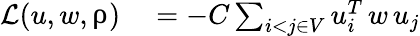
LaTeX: \begin{array}{rl}{\mathcal{L}(u,w,\uprho)}&{{}=-C\sum_{i<j\in V}u_{i}^{T}\, w\, u_{j}}\end{array}